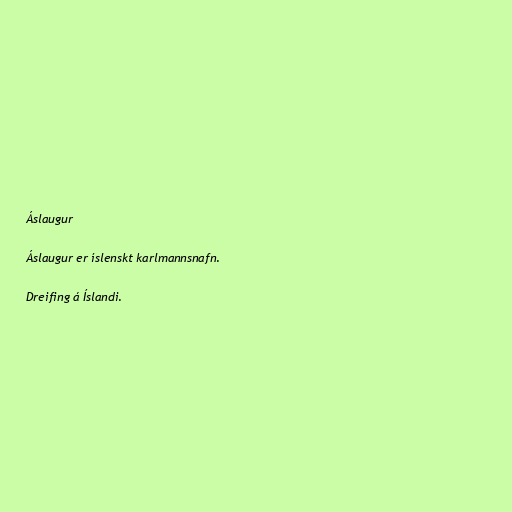
Áslaugur

Áslaugur er íslenskt karlmannsnafn.

Dreifing á Íslandi.